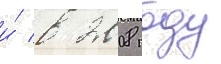
и́ в 2008 году